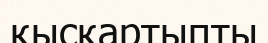
қысқартыпты